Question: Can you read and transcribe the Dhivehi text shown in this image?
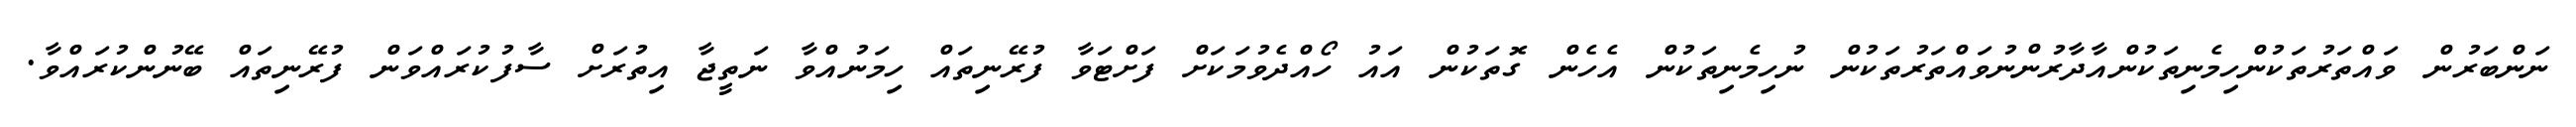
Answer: ނަންބަރުން ވައްތަރުތަކުންހިމެނިތަކުންއާދާރުންނުވައްތަރުތަކުން ނުހިމެނިތަކުން އެހެން ގޮތަކުން އައު ހޯއްދެވުމަކަށް ފަށްޓަވާ ފުރޭނިތައް ހިމަނުއްވާ ނަތީޖާ އިތުރަށް ސާފުކުރައްވަން ފުރޭނިތައް ބޭނުންކުރައްވާ.